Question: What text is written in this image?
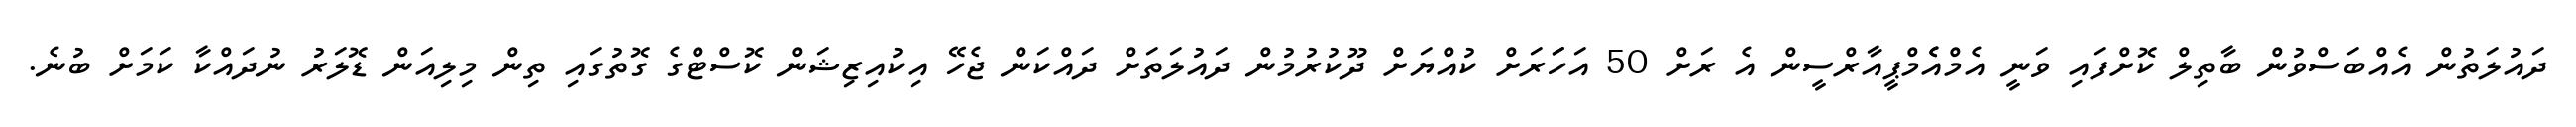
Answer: ދައުލަތުން އެއްބަސްވުން ބާތިލް ކޮށްފައި ވަނީ އެމްއެެމްޕީއާރްސީން އެ ރަށް 50 އަހަަރަށް ކުއްޔަށް ދޫކުރުމުން ދައުލަތަށް ދައްކަން ޖެހޭ އިކުއިޒިޝަން ކޮސްޓްގެ ގޮތުގައި ތިން މިލިއަން ޑޮލަރު ނުދައްކާ ކަމަށް ބުނެ.